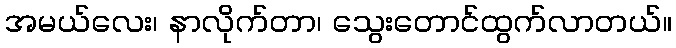
အမယ်လေး၊ နာလိုက်တာ၊ သွေးတောင်ထွက်လာတယ်။